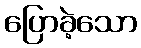
ပြောခဲ့သော